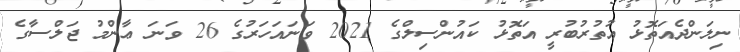
ނިލަންދެއަތޮޅު އުތުރުބުރީ އަތޮޅު ކައުންސިލްގެ 2021 ވަނައަހަރުގެ 26 ވަނަ ޢާންމު ޖަލްސާގެ